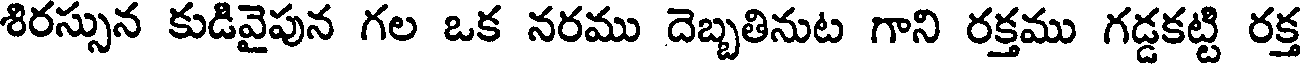
శిరస్సున కుడివైపున గల ఒక నరము దెబ్బతినుట గాని రక్తము గడ్డకట్టి రక్త